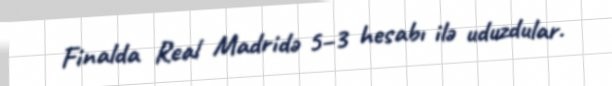
Finalda Real Madridə 5–3 hesabı ilə uduzdular.